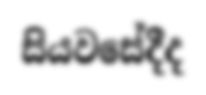
සියවසේදීද